Civil Veterinary Dept. Bombay admin report 1932-41 - 1932-1941
Year: 1932
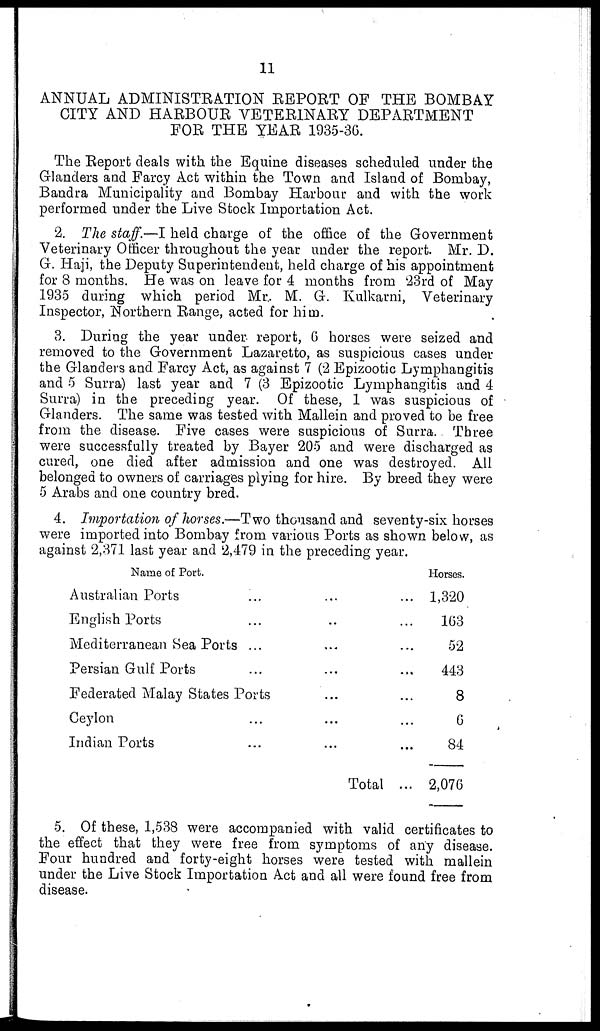
11
ANNUAL ADMINISTRATION REPORT OF THE BOMBAY
CITY AND HARBOUR VETERINARY DEPARTMENT
FOR THE YEAR 1935-36.
The Report deals with the Equine diseases scheduled under the
Glanders and Farcy Act within the Town and Island of Bombay,
Bandra Municipality and Bombay Harbour and with the work
performed under the Live Stock Importation Act.
2. The staff.—I held charge of the office of the Government
Veterinary Officer throughout the year under the report. Mr. D.
G. Haji, the Deputy Superintendent, held charge of his appointment
for 8 months. He was on leave for 4 months from 23rd of May
1935 during which period Mr. M. G. Kulkarni, Veterinary
Inspector, Northern Range, acted for him.
3. During the year under report, 6 horses were seized and
removed to the Government Lazaretto, as suspicious cases under
the Glanders and Farcy Act, as against 7 (2 Epizootic Lymphangitis
and 5 Surra) last year and 7 (3 Epizootic Lymphangitis and 4
Surra) in the preceding year. Of these, 1 was suspicious of
Glanders. The same was tested with Mallein and proved to be free
from the disease. Five cases were suspicious of Surra. Three
were successfully treated by Bayer 205 and were discharged as
cured, one died after admission and one was destroyed. All
belonged to owners of carriages plying for hire. By breed they were
5 Arabs and one country bred.
4. Importation of horses.—Two thousand and seventy-six horses
were imported into Bombay from various Ports as shown below, as
against 2,371 last year and 2,479 in the preceding year.
Name of Port.
Australian Ports
...
...
...
English Ports
...
...
...
Mediterranean Sea Ports ...
...
...
Persian Gulf Ports
...
...
...
Federated Malay States Ports
...
...
Ceylon
...
...
...
Indian Ports
...
...
...
Total ...
Horses.
1,320
163
52
443
8
6
84
2,076
5. Of these, 1,538 were accompanied with valid certificates to
the effect that they were free from symptoms of any disease.
Four hundred and forty-eight horses were tested with mallein
under the Live Stock Importation Act and all were found free from
disease.